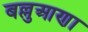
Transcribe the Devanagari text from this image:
बल्लुआणा